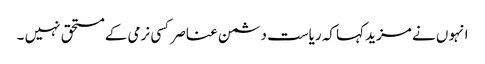
انہو ں نے مزید کہا کہ ریاست دشمن عناصر کسی نرمی کے مستحق نہیں ۔